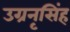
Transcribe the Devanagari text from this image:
उग्रनृसिंह